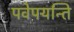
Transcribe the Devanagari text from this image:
पवेपयन्ति